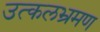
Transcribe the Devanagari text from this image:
उत्कलभ्रमण